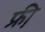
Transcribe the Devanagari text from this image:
फ्री़